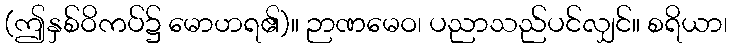
(ဤနှစ်ဝိကပ်၌ မောဟရ၏)။ ဉာဏမေဝ၊ ပညာသည်ပင်လျှင်။ စရိယာ၊